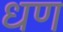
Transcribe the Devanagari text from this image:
धण